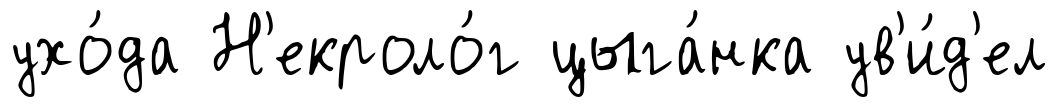
ухо́да Н'екроло́г цыга́нка ув'и́д'ел